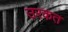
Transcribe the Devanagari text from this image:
उरकत